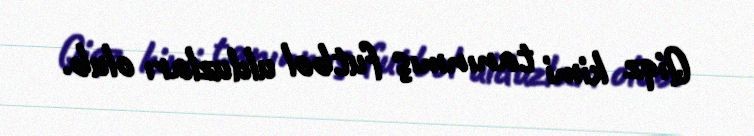
Qiqz kimi tanınmış futbol ulduzları olub.